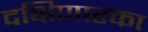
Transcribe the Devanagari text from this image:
दक्षिणारका